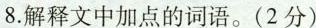
8.解释文中加点的词语。(2分)